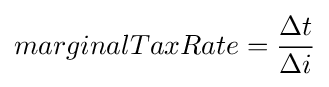
marginalTaxRate={\frac {\Delta t}{\Delta i}}